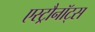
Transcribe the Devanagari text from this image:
एस्ट्रौनॉट्स